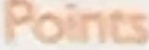
Points